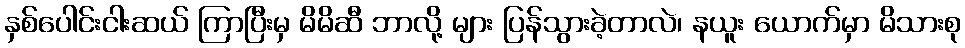
နှစ်ပေါင်းငါးဆယ် ကြာပြီးမှ မိမိဆီ ဘာလို့ များ ပြန်သွားခဲ့တာလဲ၊ နယူး ယောက်မှာ မိသားစု